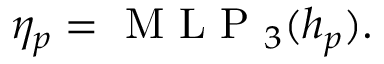
\begin{array} { r } { \begin{array} { r } { \eta _ { p } = \mathrm { ~ M ~ L ~ P ~ } _ { 3 } ( h _ { p } ) . } \end{array} } \end{array}